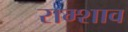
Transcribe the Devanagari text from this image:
राम्शाव